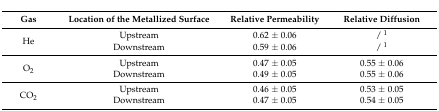
| Gas | Location of the Metallized Surface | Relative Permeability | Relative Diffusion |
 | --- | --- | --- | --- |
 | <ROWSPAN=2> He | Upstream | 0.62 ± 0.06 | / 1 |
 | Downstream | 0.59 ± 0.06 | / 1 |
 | <ROWSPAN=2> O2 | Upstream | 0.47 ± 0.05 | 0.55 ± 0.06 |
 | Downstream | 0.49 ± 0.05 | 0.55 ± 0.06 |
 | <ROWSPAN=2> CO2 | Upstream | 0.46 ± 0.05 | 0.53 ± 0.05 |
 | Downstream | 0.47 ± 0.05 | 0.54 ± 0.05 |